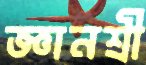
জ্ঞানশ্রী